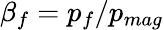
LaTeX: \beta_{f}=p_{f}/p_{mag}